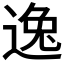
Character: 逸